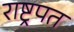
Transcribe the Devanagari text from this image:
राष्ट्रपत